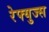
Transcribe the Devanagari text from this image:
रेफ्युज्स